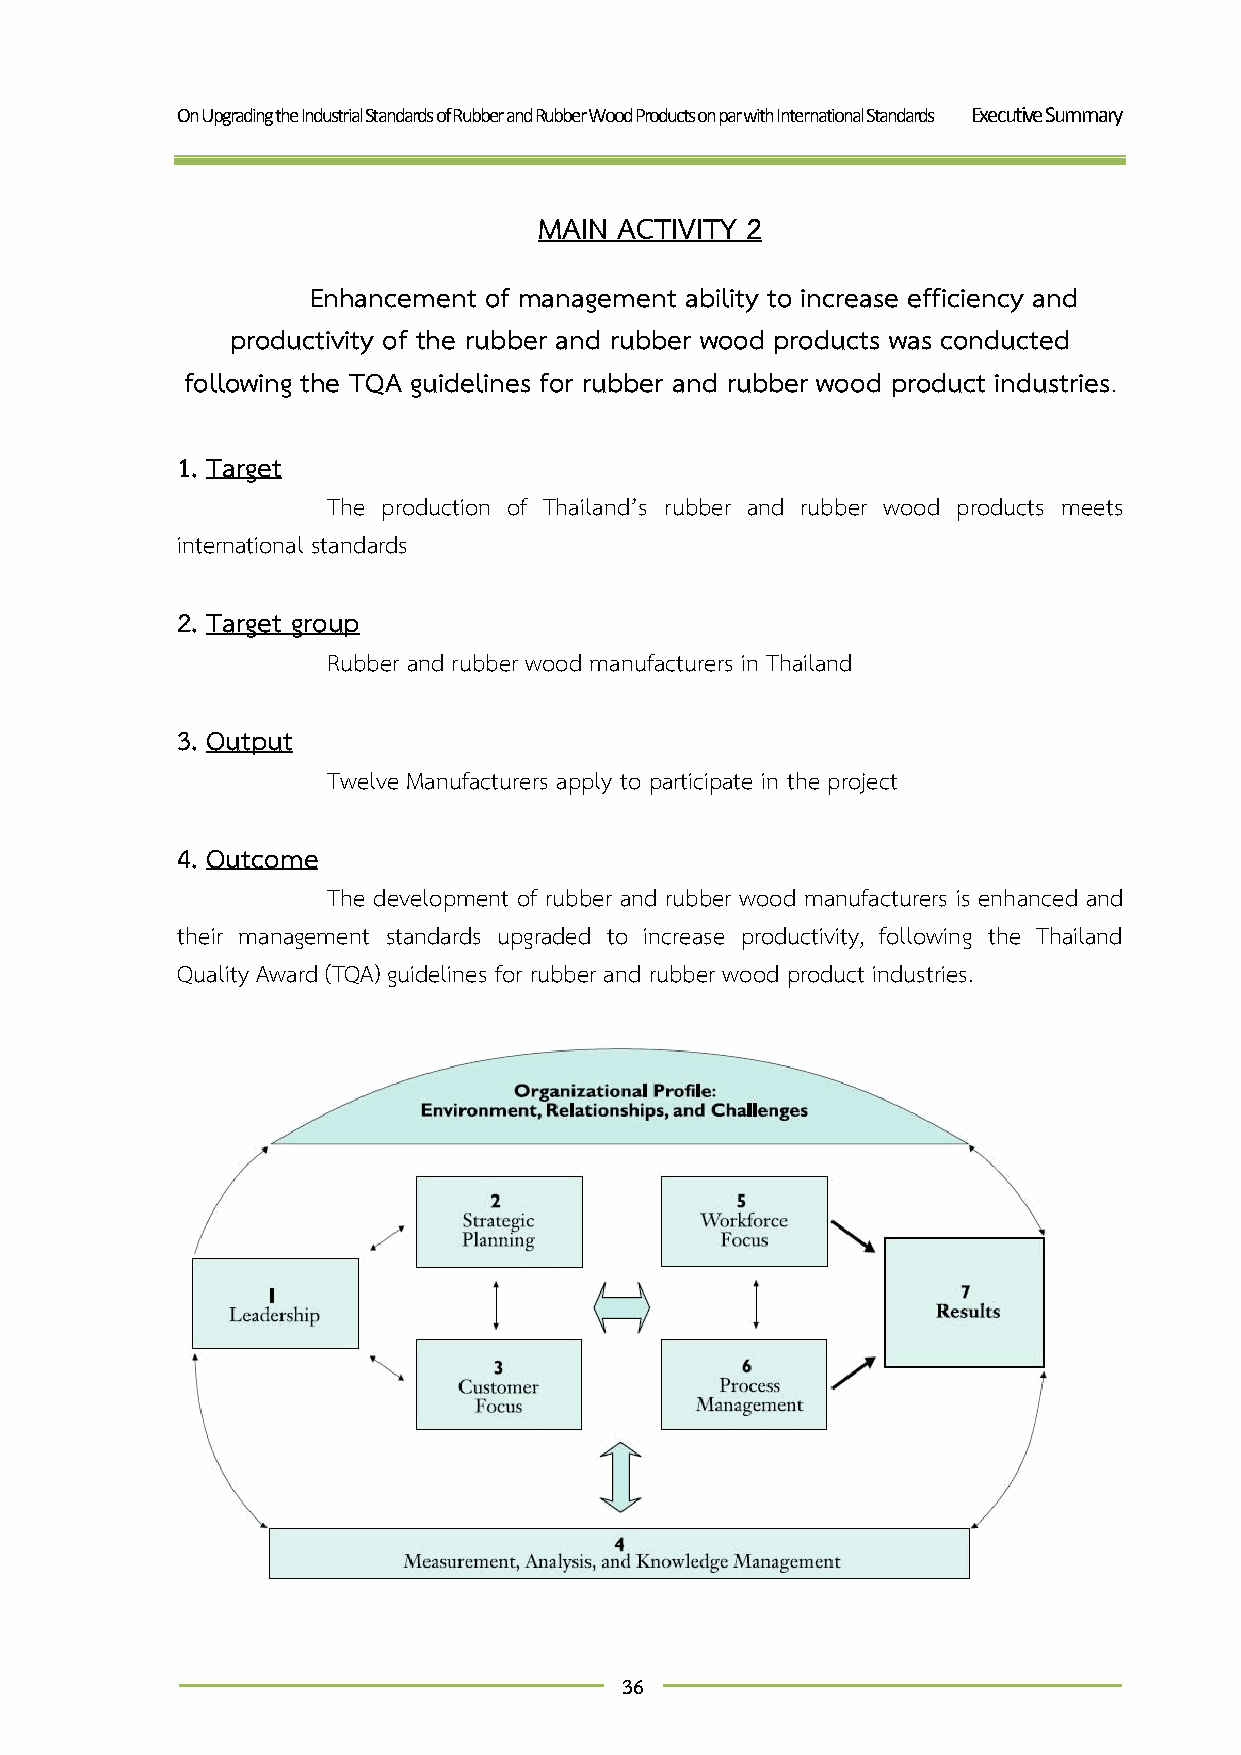
On Upgrading the Industrial Standards of Rubber and Rubber Wood Products on par with International Standards Executive Summary
 MAIN ACTIVITY 2
 Enhancement of management ability to increase efficiency and
 productivity of the rubber and rubber wood products was conducted
 following the TQA guidelines for rubber and rubber wood product industries.
 1. Target
 The production of Thailand’s rubber and rubber wood products meets
 international standards
 2. Target group
 Rubber and rubber wood manufacturers in Thailand
 3. Output
 Twelve Manufacturers apply to participate in the project
 4. Outcome
 The development of rubber and rubber wood manufacturers is enhanced and
 their management standards upgraded to increase productivity, following the Thailand
 Quality Award (TQA) guidelines for rubber and rubber wood product industries.
 36